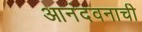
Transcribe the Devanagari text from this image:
आनंदवनाची